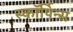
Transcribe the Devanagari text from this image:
स्कॉर्पिन्स